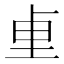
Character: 𫭬